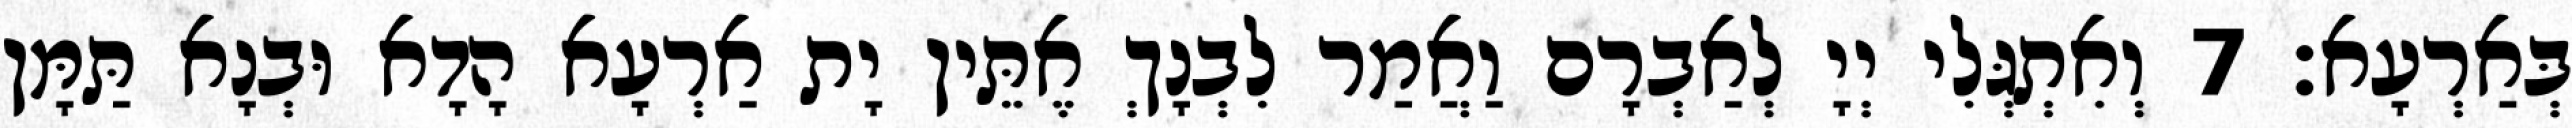
בְּאַרְעָא׃ 7 וְאִתְגְּלִי יְיָ לְאַבְרָם וַאֲמַר לִבְנָךְ אֶתֵּין יָת אַרְעָא הָדָא וּבְנָא תַּמָּן